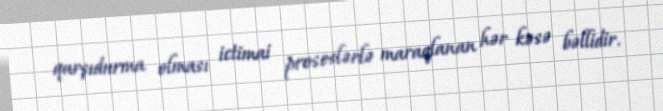
qarşıdurma olması ictimai proseslərlə maraqlanan hər kəsə bəllidir.